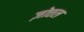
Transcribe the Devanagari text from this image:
ज़ोत्तल